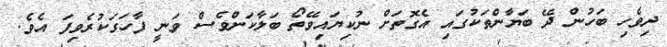
ދިވެހި ބަހުން ދޭ ބަޔާންތަކުގައި އެގޮތަށް ނުކިޔައިވޭތޯ ބަލާކަންވެސް ވަނީ ފާހަގަކުރެވިފަ އެވެ.